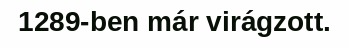
1289-ben már virágzott.